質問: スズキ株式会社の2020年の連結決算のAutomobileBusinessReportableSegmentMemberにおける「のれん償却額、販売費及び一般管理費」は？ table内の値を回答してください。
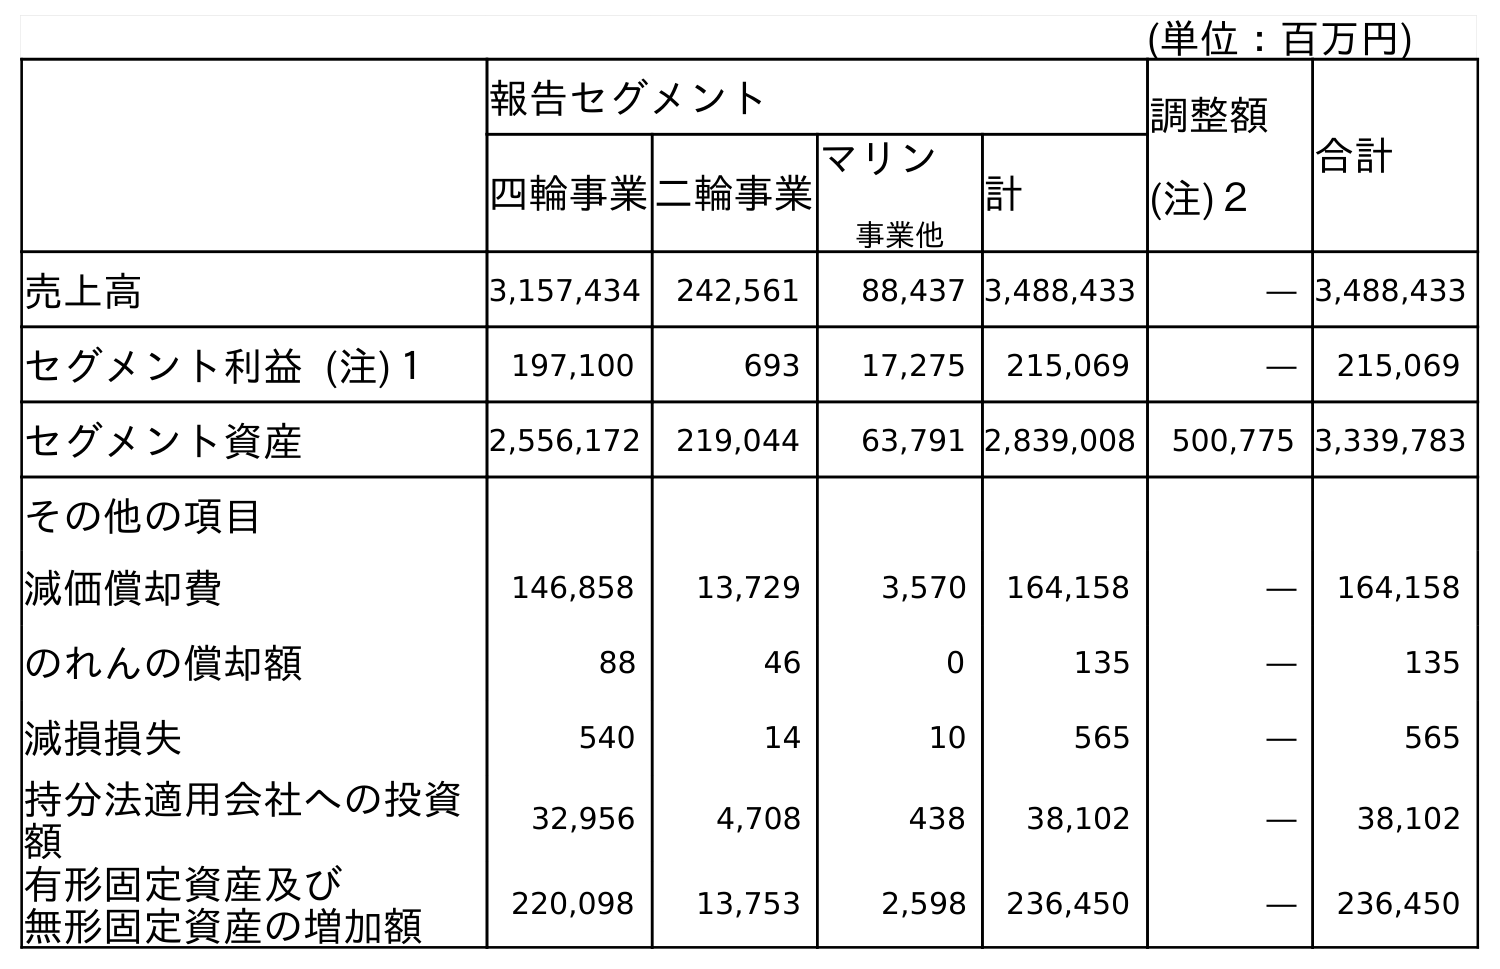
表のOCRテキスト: (単位：百万円) 報告セグメント 調整額 (注)２ 合計 四輪事業二輪事業 マリン 事業他 計 売上高 3,157,434 242,561 88,437 3,488,433 ― 3,488,433 セグメント利益 (注)１ 197,100 693 17,275 215,069 ― 215,069 セグメント資産 2,556,172 219,044 63,791 2,839,008 500,775 3,339,783 その他の項目 減価償却費 146,858 13,729 3,570 164,158 ― 164,158 のれんの償却額 88 46 0 135 ― 135 減損損失 540 14 10 565 ― 565 持分法適用会社への投資 額 32,956 4,708 438 38,102 ― 38,102 有形固定資産及び 無形固定資産の増加額 220,098 13,753 2,598 236,450 ― 236,450
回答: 88